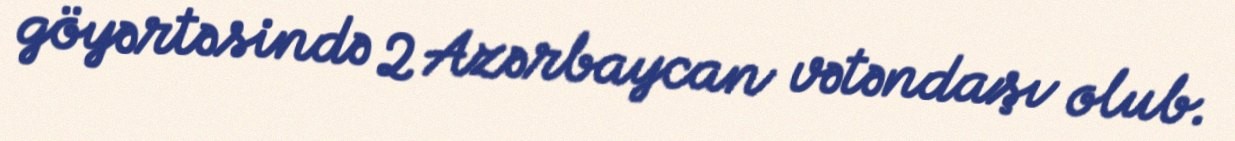
göyərtəsində 2 Azərbaycan vətəndaşı olub.